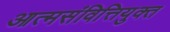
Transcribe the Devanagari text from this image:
आत्मसंवित्तियुक्त